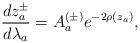
\begin{align*} \frac{dz_a^\pm}{d\lambda_a} = A_a^{(\pm)} e^{-2\rho(z_a)},\end{align*}